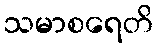
သမာစရေတိ